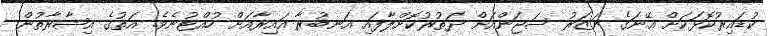
ކުޑައިރުކޮޅަކަށް އޭނަގެ ނަޒަރު ސަޖަންއަށް ދަތުރުކޮށްލާފައި އަނބުރާ އައިރާއަށް ހުއްޓުނެވެ. އަތުގެ އިޝާރާތުން